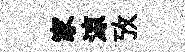
家涼攷